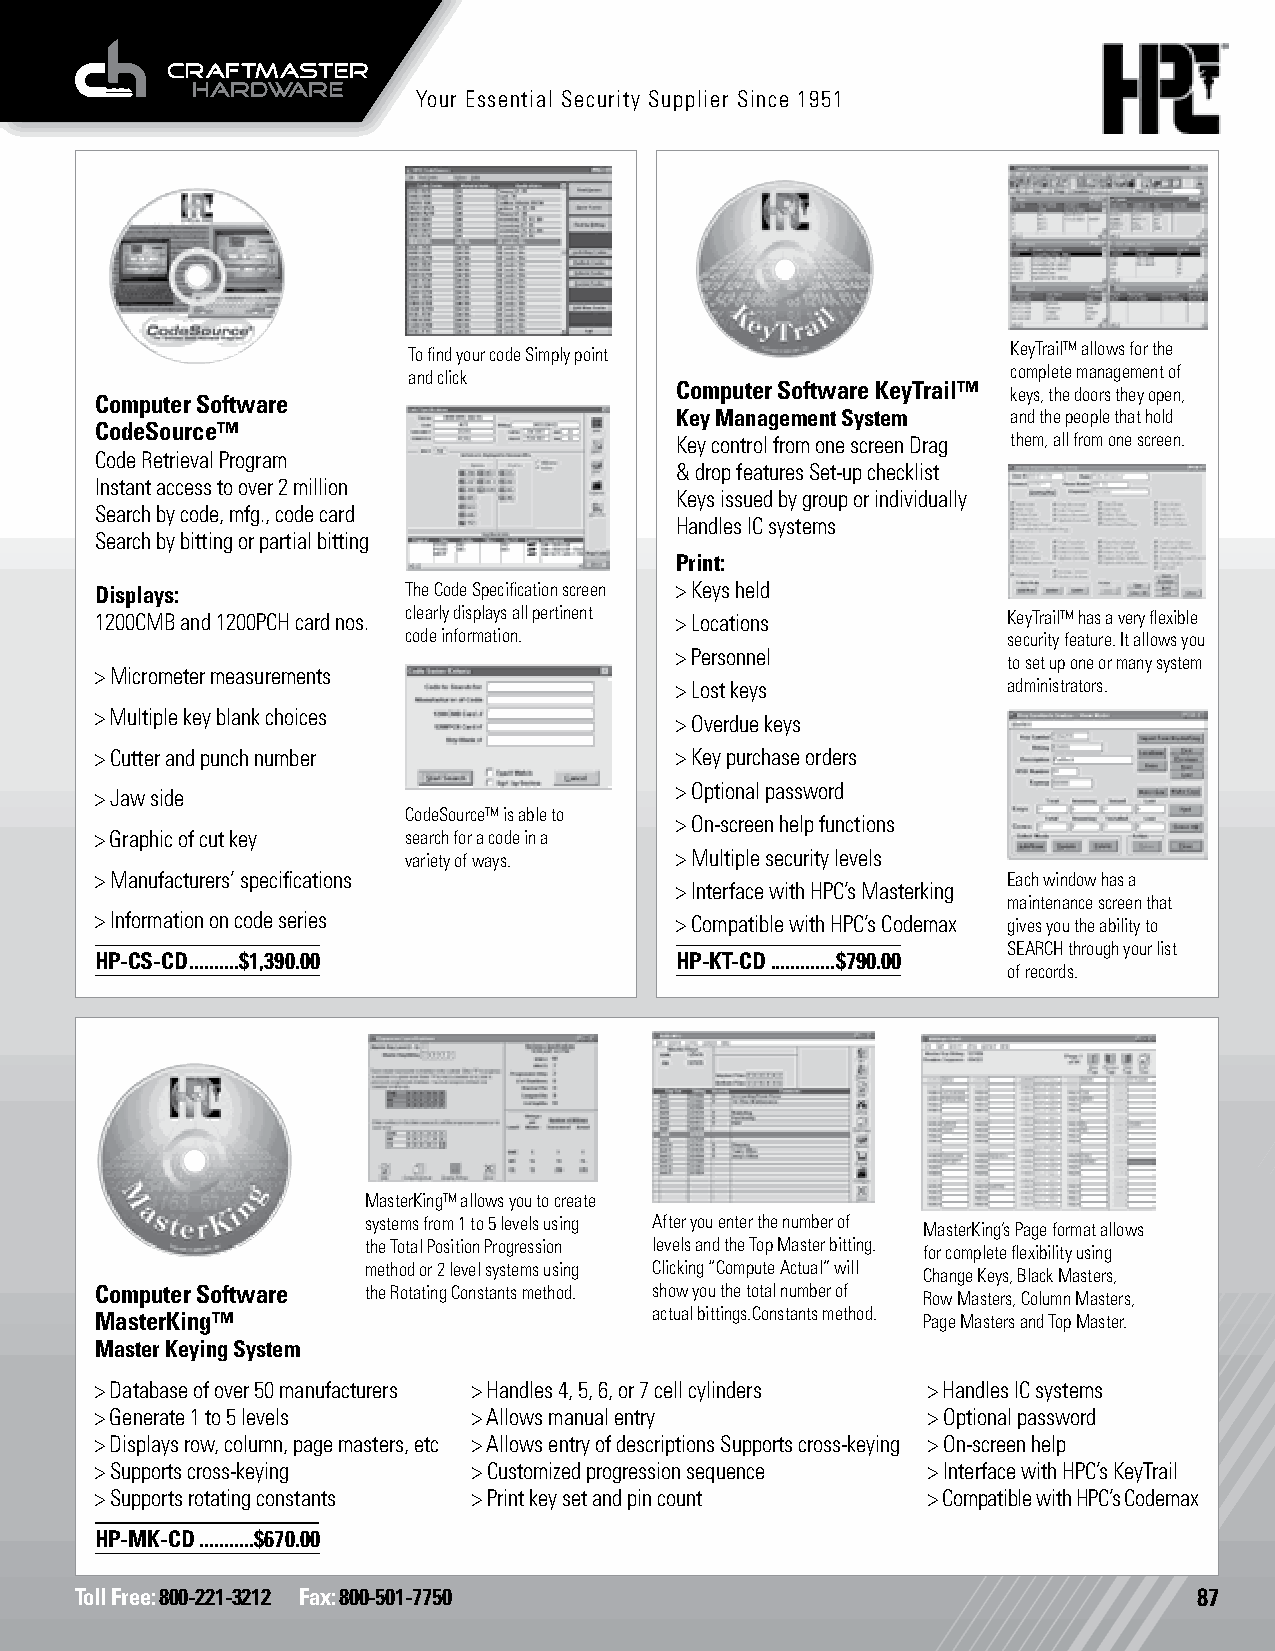
Your Essential Security Supplier Since 1951
 Codes, Computer
 To find your code Simply point          KeyTrail™ allows for the
 and click                               complete management of
 Computer Software KeyTrail™
 keys, the doors they open,
 Computer Software
 Key Management System and the people that hold
 CodeSource™
 Key control from one screen Drag them, all from one screen.
 Code Retrieval Program
 & drop features Set-up checklist
 Instant access to over 2 million
 Keys issued by group or individually
 Search by code, mfg., code card
 Handles IC systems
 Search by bitting or partial bitting
 Print:
 Displays:            The Code Specification screen > Keys held
 1200CMB and 1200PCH card nos. clearly displays all pertinent > Locations KeyTrail™ has a very flexible
 code information.                       security feature. It allows you
 > Personnel
 to set up one or many system
 > Micrometer measurements
 > Lost keys           administrators.
 > Multiple key blank choices
 > Overdue keys
 > Cutter and punch number              > Key purchase orders
 > Optional password
 > Jaw side
 CodeSource™ is able to
 > On-screen help functions
 > Graphic of cut key search for a code in a
 variety of ways.  > Multiple security levels
 > Manufacturers’ specifications                              Each window has a
 > Interface with HPC’s Masterking
 maintenance screen that
 > Information on code series           > Compatible with HPC’s Codemax gives you the ability to
 Codes, Computer                         SEARCH through your list
 HP-CS-CD ..........$1,390.00           HP-KT-CD .............$790.00
 of records.
 Codes, Computer
 MasterKing™ allows you to create
 systems from 1 to 5 levels using After you enter the number of MasterKing’s Page format allows
 the Total Position Progression levels and the Top Master bitting. for complete flexibility using
 method or 2 level systems using Clicking “Compute Actual” will Change Keys, Black Masters,
 Computer Software the Rotating Constants method. show you the total number of Row Masters, Column Masters,
 MasterKing™                          actual bittings.Constants method. Page Masters and Top Master.
 Master Keying System
 > Database of over 50 manufacturers > Handles 4, 5, 6, or 7 cell cylinders > Handles IC systems
 > Generate 1 to 5 levels > Allows manual entry         > Optional password
 > Displays row, column, page masters, etc > Allows entry of descriptions Supports cross-keying > On-screen help
 > Supports cross-keying  > Customized progression sequence > Interface with HPC’s KeyTrail
 > Supports rotating constants > Print key set and pin count > Compatible with HPC’s Codemax
 HP-MK-CD ...........$670.00
 Toll Free: 800-221-3212 Fax: 800-501-7750                                 87